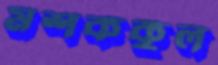
মশককুল